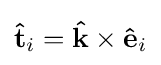
\mathbf {\hat {t}} _{i}=\mathbf {\hat {k}} \times \mathbf {\hat {e}} _{i}